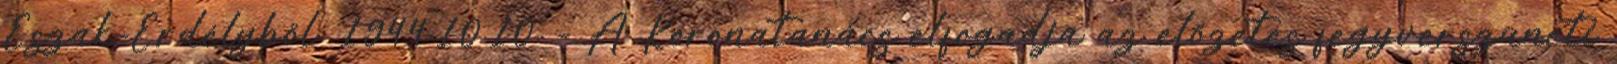
Észak-Erdélybõl. 1944.10.10. - A Koronatanács elfogadja az elõzetes fegyverszüneti